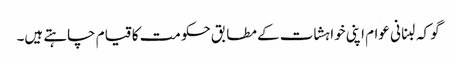
گو کہ لبنانی عوام اپنی خواہشات کے مطابق حکومت کا قیام چاہتے ہیں۔